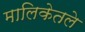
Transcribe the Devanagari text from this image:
मालिकेतले